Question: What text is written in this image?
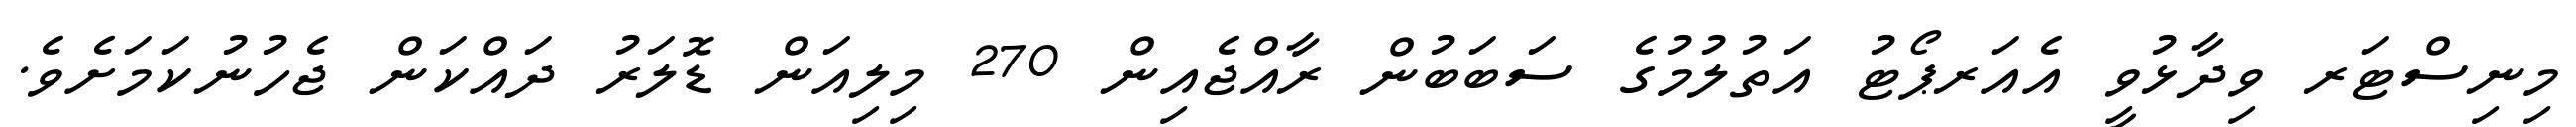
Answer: މިނިސްޓަރ ވިދާޅުވީ އެއަރޕޯޓު އަތުލުމުގެ ސަބަބުން ރާއްޖެއިން 270 މިލިއަން ޑޮލަރު ދައްކަން ޖެހުނުކަމަށެވެ.